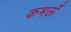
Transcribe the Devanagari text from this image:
कभऊँ